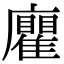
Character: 𢌄